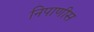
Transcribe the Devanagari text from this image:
निपाणीस